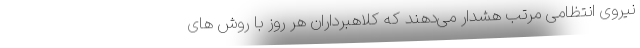
نیروی انتظامی مرتب هشدار می‌دهند که کلاهبرداران هر روز با روش های